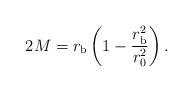
\begin{align*}2 M = r_{\rm b} \left( 1 - \frac{r_{\rm b}^2}{r_0^2} \right).\end{align*}